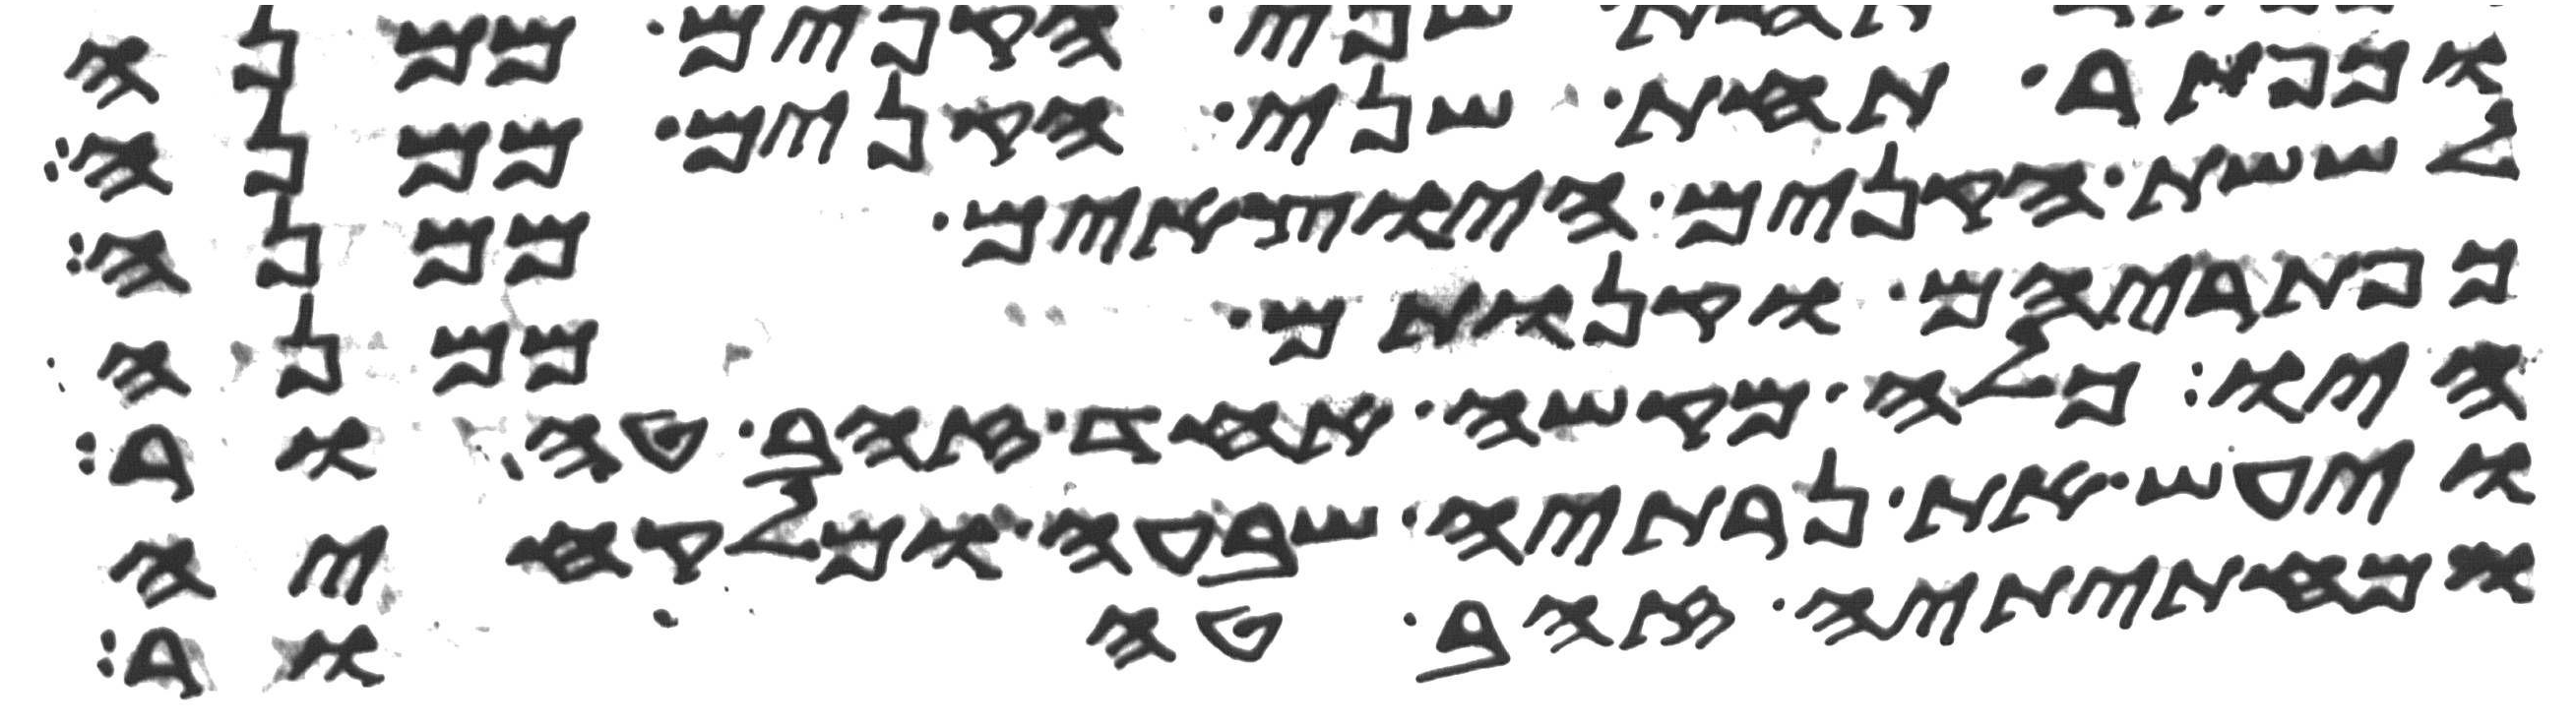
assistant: וכפתר תחת שני הקנים ממנה
לששת הקנים היצאים ממנה
כפתריהם וקנותם ממנה
היו כלה מקשה אחד זהב טהור
ויעש את נרתיה שבעה ומלקחיה
ומחתיתיה זהב טהור